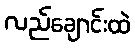
လည်ချောင်းထဲ